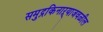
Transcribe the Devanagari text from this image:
समुद्रकिनाऱ्याजवळील